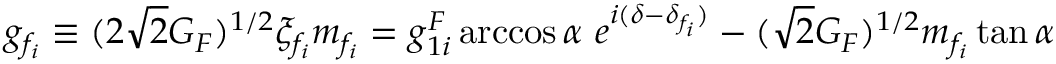
g _ { f _ { i } } \equiv ( 2 \sqrt { 2 } G _ { F } ) ^ { 1 / 2 } \xi _ { f _ { i } } m _ { f _ { i } } = g _ { 1 i } ^ { F } \operatorname { a r c c o s } \alpha \ e ^ { i ( \delta - \delta _ { f _ { i } } ) } - ( \sqrt { 2 } G _ { F } ) ^ { 1 / 2 } m _ { f _ { i } } \tan \alpha